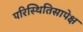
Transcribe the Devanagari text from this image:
परिस्थितिसापेक्ष